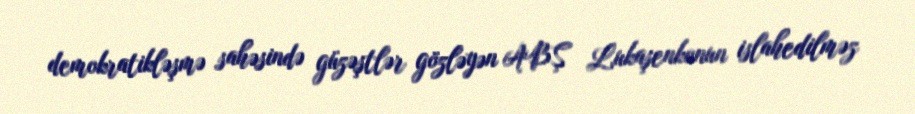
demokratikləşmə sahəsində güzəştlər gözləyən ABŞ Lukaşenkonun islahedilməz